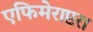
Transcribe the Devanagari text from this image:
एफिमेराप्टरा